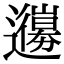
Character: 𨘳